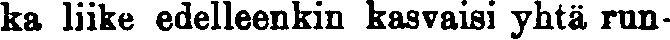
ka liike edelleenkin kasvaisi yhtä run-